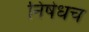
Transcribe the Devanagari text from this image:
निषेधच